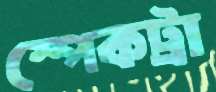
স্পেকট্রা